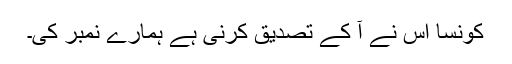
کونسا اس نے آ کے تصدیق کرنی ہے ہمارے نمبر کی۔